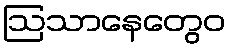
ဩသာနေတွေဝ